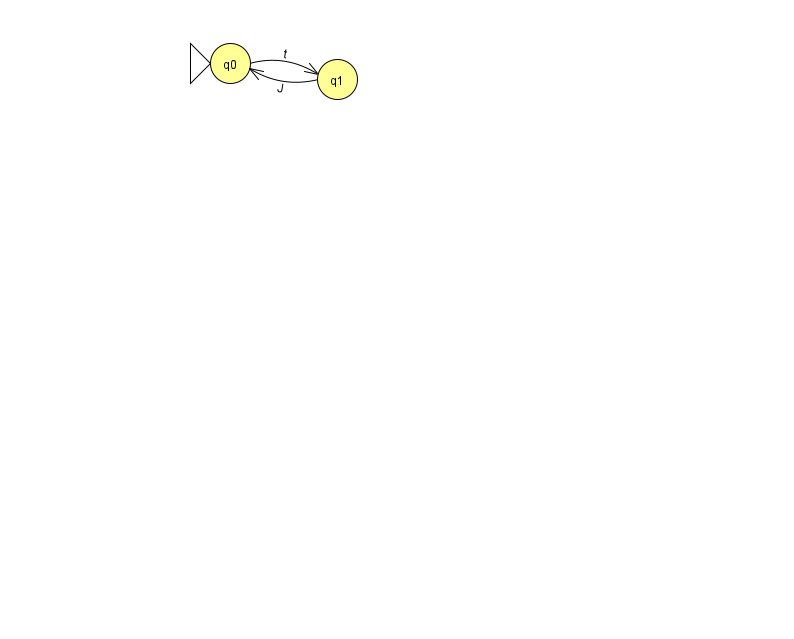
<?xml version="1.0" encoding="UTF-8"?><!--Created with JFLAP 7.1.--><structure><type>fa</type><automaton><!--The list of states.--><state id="0" name="q0"><x>230.0</x><y>50.0</y><initial/></state><state id="1" name="q1"><x>337.0</x><y>66.0</y></state><!--The list of transitions.--><transition><from>0</from><to>1</to><read>t</read></transition><transition><from>1</from><to>0</to><read>J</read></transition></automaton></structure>